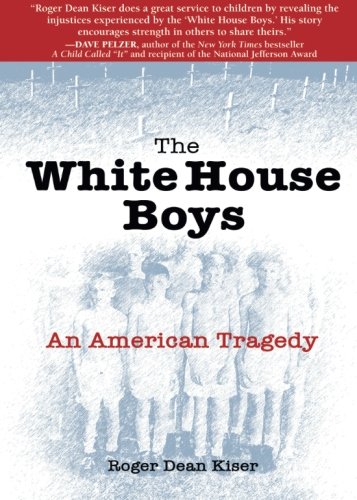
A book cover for The White House Boys: An American Tragedy; Roger Dean Kiser; Biographies & Memoirs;